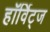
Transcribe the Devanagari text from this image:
हॉर्विट्ज